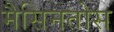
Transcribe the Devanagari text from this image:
मैसिनतोस